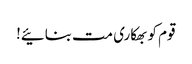
قوم کو بھکاری مت بنائیے!